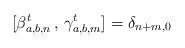
LaTeX: \begin{align*}[\beta^t_{a,b, n}\, ,\, \gamma^t_{a,b, m}] = \delta_{n+m, 0}\end{align*}